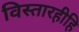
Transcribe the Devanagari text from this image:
विस्तारहीहि